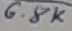
Text: 6.8K